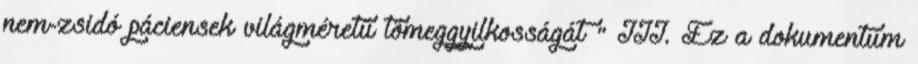
nem-zsidó páciensek világméretű tömeggyilkosságát " III. Ez a dokumentum